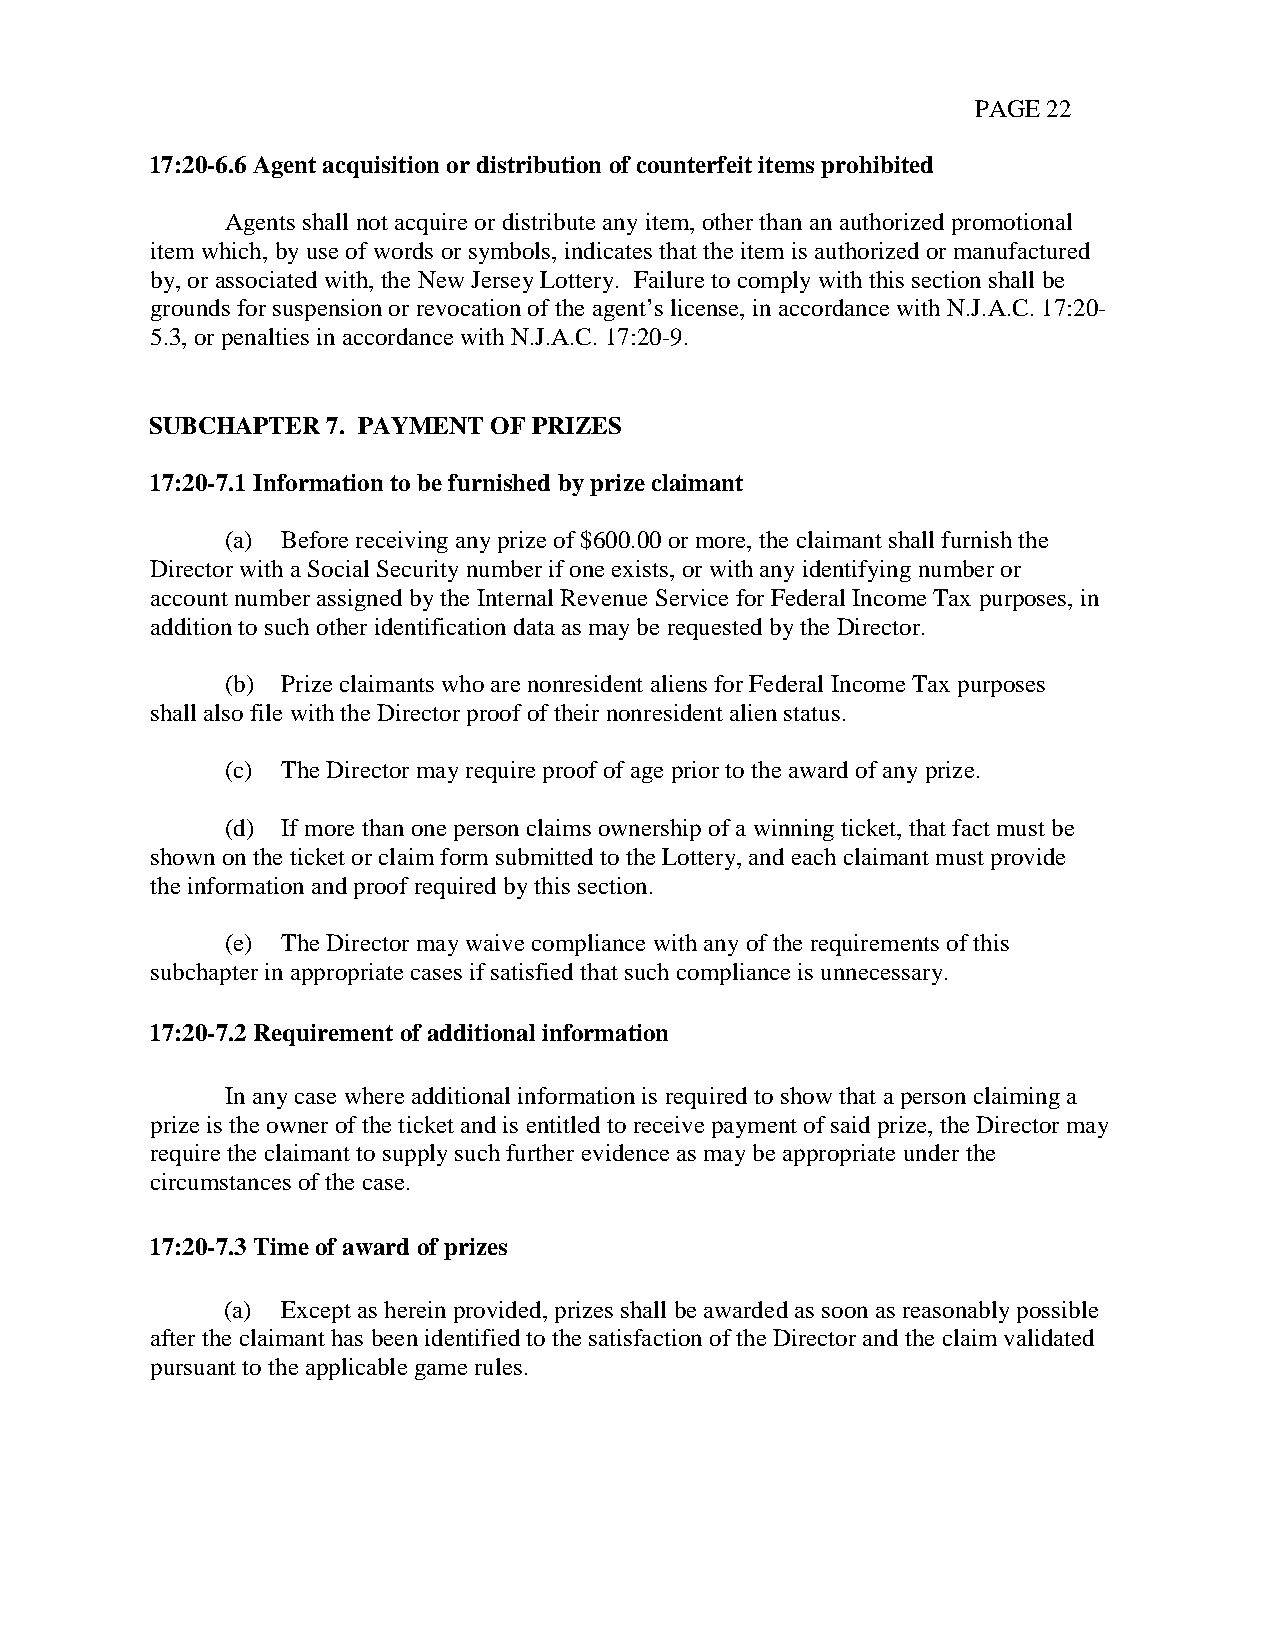
PAGE 22
 17:20-6.6 Agent acquisition or distribution of counterfeit items prohibited
 Agents shall not acquire or distribute any item, other than an authorized promotional
 item which, by use of words or symbols, indicates that the item is authorized or manufactured
 by, or associated with, the New Jersey Lottery. Failure to comply with this section shall be
 grounds for suspension or revocation of the agent’s license, in accordance with N.J.A.C. 17:20-
 5.3, or penalties in accordance with N.J.A.C. 17:20-9.
 SUBCHAPTER  7. PAYMENT OF PRIZES
 17:20-7.1 Information to be furnished by prize claimant
 (a) Before receiving any prize of $600.00 or more, the claimant shall furnish the
 Director with a Social Security number if one exists, or with any identifying number or
 account number assigned by the Internal Revenue Service for Federal Income Tax purposes, in
 addition to such other identification data as may be requested by the Director.
 (b) Prize claimants who are nonresident aliens for Federal Income Tax purposes
 shall also file with the Director proof of their nonresident alien status.
 (c) The Director may require proof of age prior to the award of any prize.
 (d) If more than one person claims ownership of a winning ticket, that fact must be
 shown on the ticket or claim form submitted to the Lottery, and each claimant must provide
 the information and proof required by this section.
 (e) The Director may waive compliance with any of the requirements of this
 subchapter in appropriate cases if satisfied that such compliance is unnecessary.
 17:20-7.2 Requirement of additional information
 In any case where additional information is required to show that a person claiming a
 prize is the owner of the ticket and is entitled to receive payment of said prize, the Director may
 require the claimant to supply such further evidence as may be appropriate under the
 circumstances of the case.
 17:20-7.3 Time of award of prizes
 (a) Except as herein provided, prizes shall be awarded as soon as reasonably possible
 after the claimant has been identified to the satisfaction of the Director and the claim validated
 pursuant to the applicable game rules.